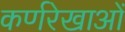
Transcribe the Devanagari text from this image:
कर्णरेखाओं